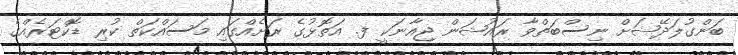
ބަންގުލަދޭޝަށް ނިސްބަތްވާ ރައުޝަން ޖިއާނަކީ ފ. އަތޮޅުގެ ރަށެއްގައި މަސައްކަތް ކުރި ޑޮކްޓަރެއްގެ